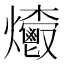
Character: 𤓄